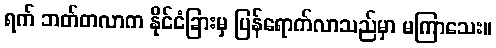
ရက် ဘတ်တလာက နိုင်ငံခြားမှ ပြန်ရောက်လာသည်မှာ မကြာသေး။